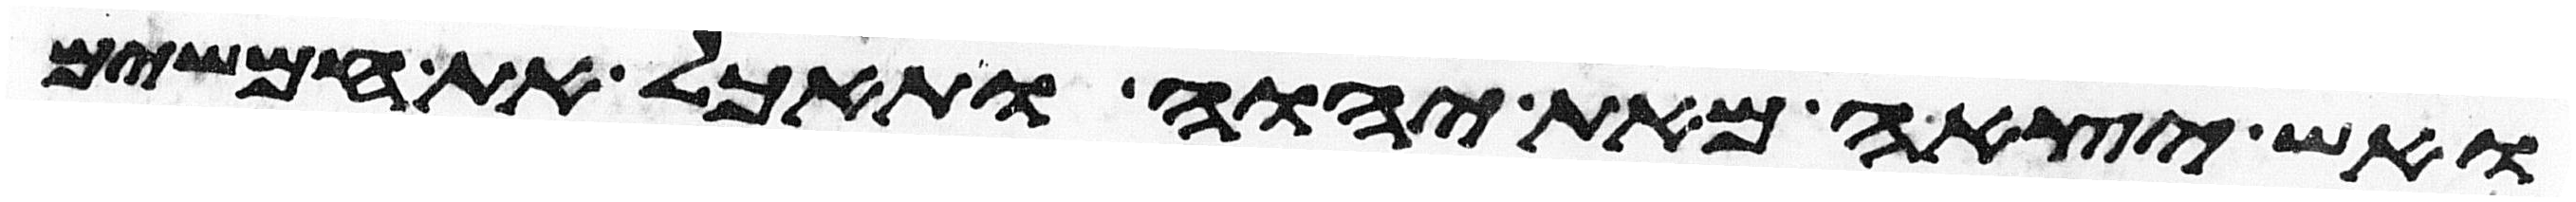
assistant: ואש יצאה מאת יהוה ותאכל את חמשים